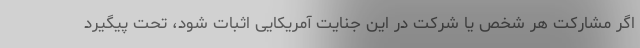
اگر مشارکت هر شخص یا شرکت در این جنایت آمریکایی اثبات شود، تحت پیگیرد